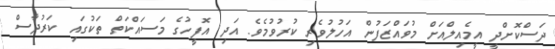
ދަސްކޮށްދީ އީމެއިލްއަށް މުވައްޒަފުން އަހުލުވެރި ކުރުވުމެވެ. އަދި އޮފީހުގެ މަސައްކަތް ތަކުގައި ކަރުދާސް